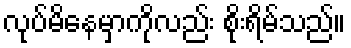
လုပ်မိနေမှာကိုလည်း စိုးရိမ်သည်။